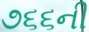
૭૬૬ની